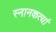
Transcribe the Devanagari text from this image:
स्नानकर्त्या